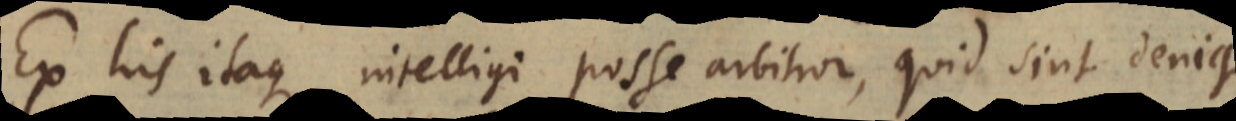
Ex his itaque intelligi posse arbitror, quid sint denique